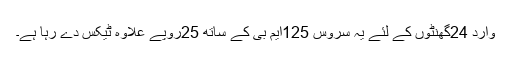
وارد 24گھنٹوں کے لئے یہ سروس 125ایم بی کے ساتھ 25روپے علاوہ ٹیکس دے رہا ہے۔